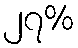
၂၇%